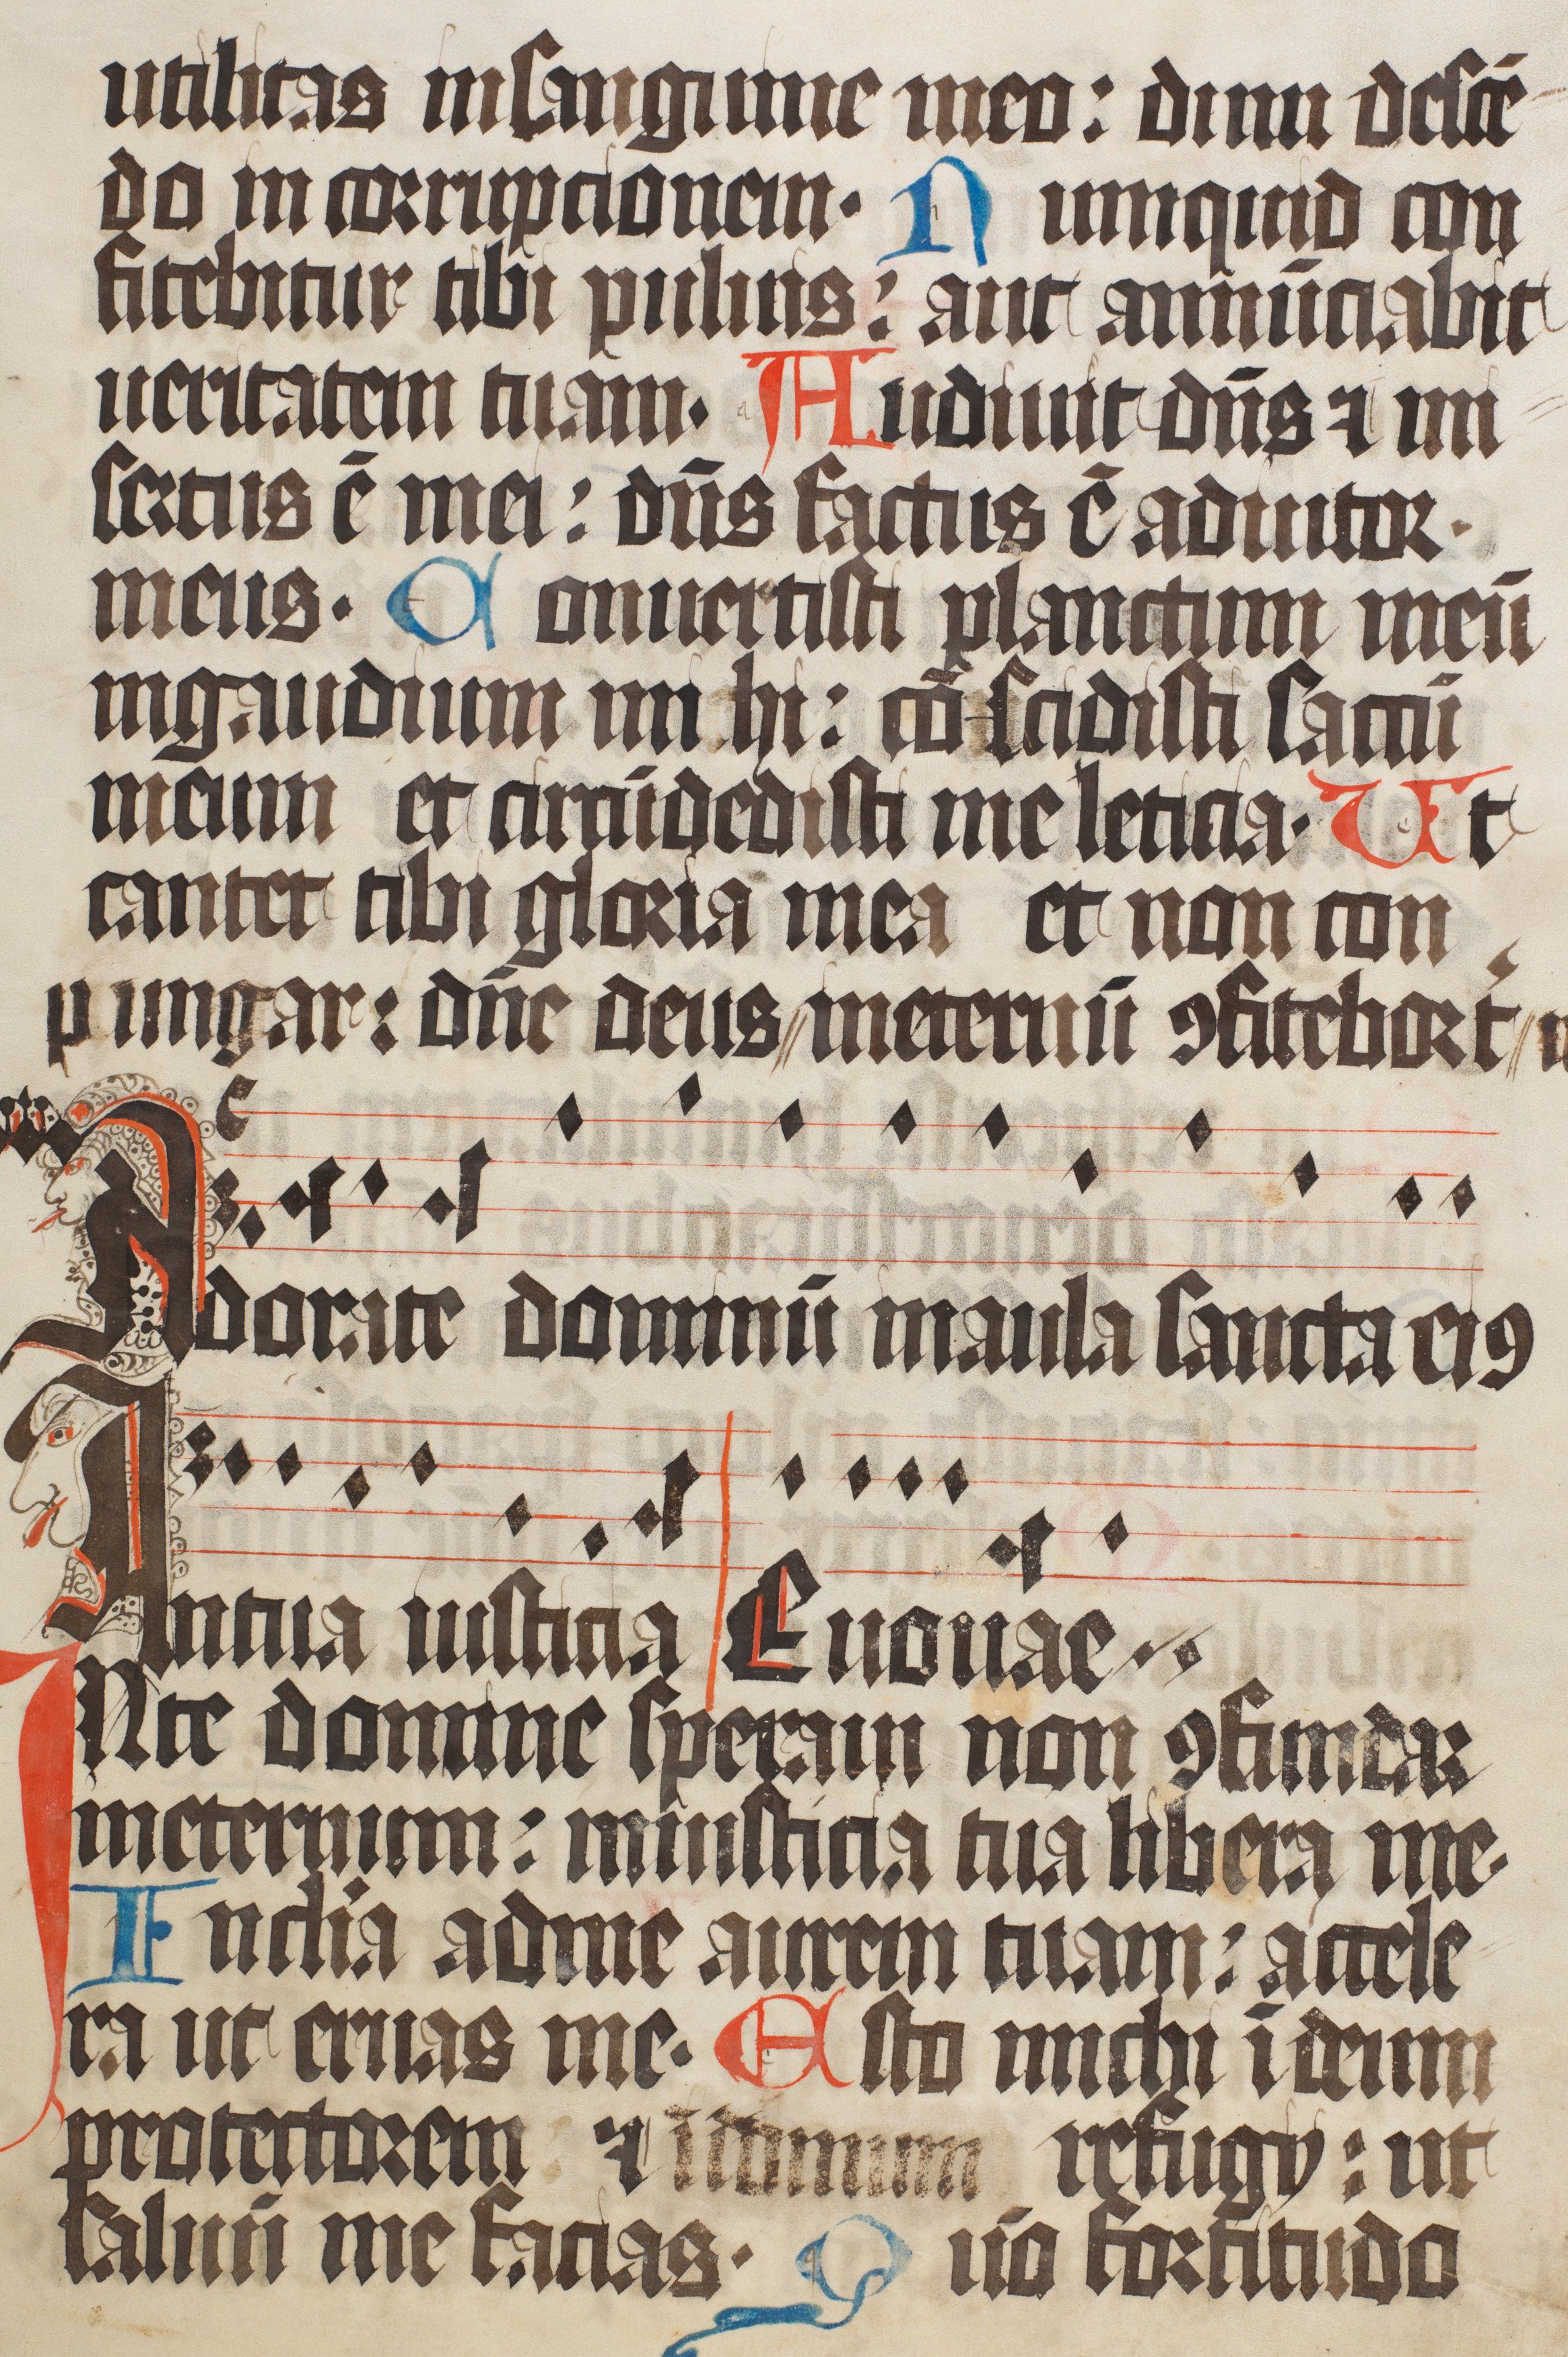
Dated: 1400–1499